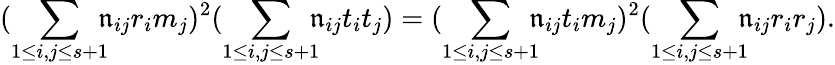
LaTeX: \displaystyle(\sum_{1\le i,j\le s{+}1}\! \! \! \mathfrak{n}_{ij}r_{i}m_{j})^{2}(\sum_{1\le i,j\le s{+}1}\! \! \! \mathfrak{n}_{ij}t_{i}t_{j}){\; =\; }(\sum_{1\le i,j\le s{+}1}\! \! \! \mathfrak{n}_{ij}t_{i}m_{j})^{2}(\sum_{1\le i,j\le s{+}1}\! \! \! \mathfrak{n}_{ij}r_{i}r_{j}).